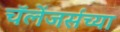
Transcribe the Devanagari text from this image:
चॅलेंजर्सच्या